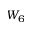
W _ { 6 }